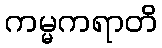
ကမ္မကရာတိ